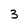
Character: 3